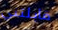
قابلتني